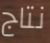
نتاج